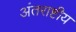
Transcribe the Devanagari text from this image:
अंतराष्टीय